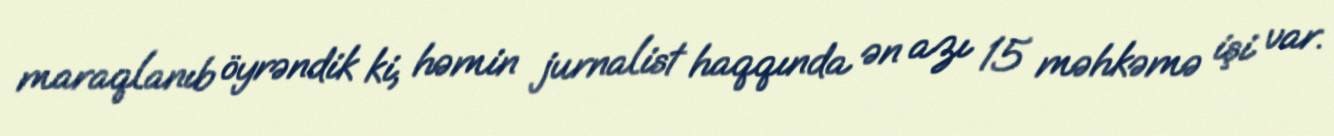
maraqlanıb öyrəndik ki, həmin jurnalist haqqında ən azı 15 məhkəmə işi var.